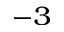
^ { - 3 }